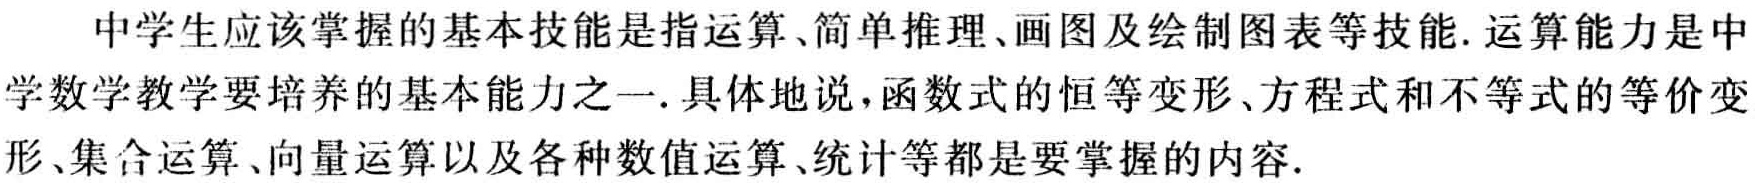
中学生应该掌握的基本技能是指运算、简单推理、画图及绘制图表等技能. 运算能力是中学数学教学要培养的基本能力之一. 具体地说，函数式的恒等变形、方程式和不等式的等价变形、集合运算、向量运算以及各种数值运算、统计等都是要掌握的内容.